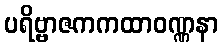
ပရိဗ္ဗာဇကကထာဝဏ္ဏနာ